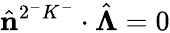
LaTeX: \hat{\mathbf{n}}^{2^{-}K^{-}}\cdot\hat{\boldsymbol{\Lambda}}=0